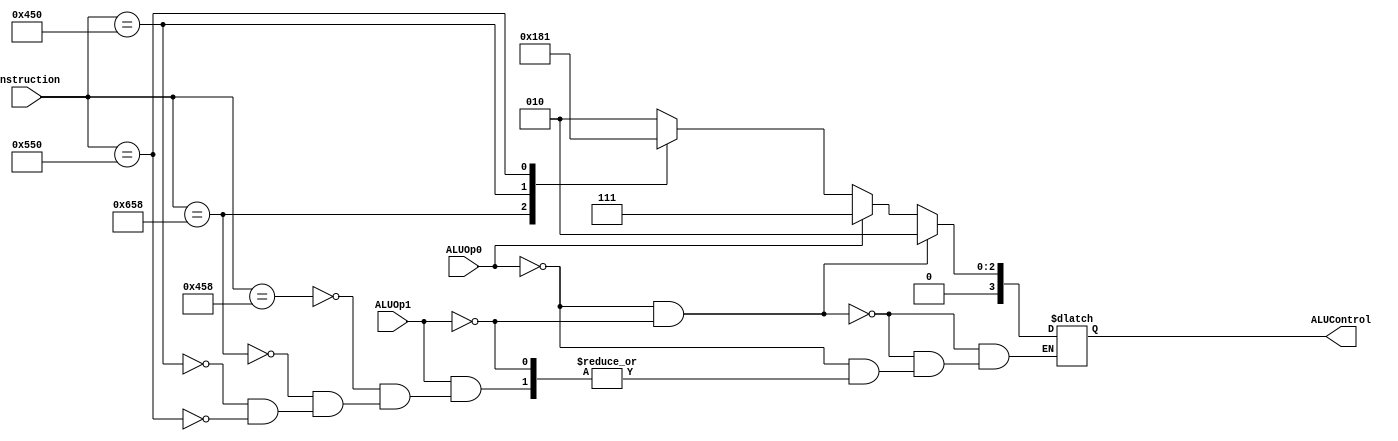
module AluControl (ALUOp0,ALUOp1, instruction, ALUControl);
input  ALUOp0,ALUOp1;
input [10:0] instruction;
output reg [3:0] ALUControl;

always@(*) begin 
if (ALUOp0==0&&ALUOp1==0) ALUControl=4'b0010;
else if (ALUOp0==1) ALUControl=4'b0111;
else if (ALUOp1==1)
case(instruction)
11'b10001011000: ALUControl <= 4'b0010;
11'b11001011000: ALUControl <= 4'b0110;
11'b10001010000: ALUControl <= 4'b0000;
11'b10101010000: ALUControl <= 4'b0001;
endcase  
end 
endmodule